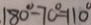
1 8 0 ^ { \circ } - 7 0 ^ { \circ } = 1 1 0 ^ { \circ }